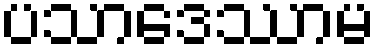
ပသာဒေဿာမ